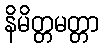
နိမိတ္တမတ္တာ